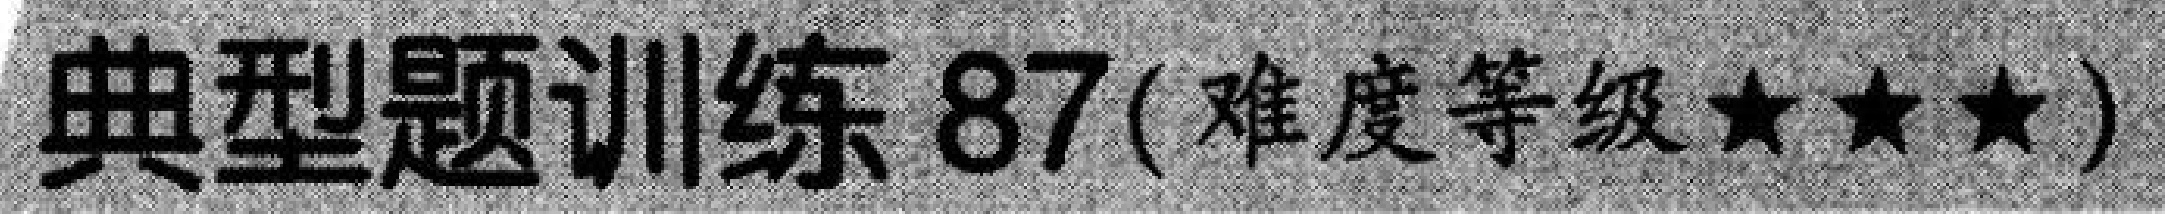
典型题训练 87(难度等级★★★)